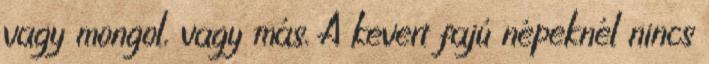
vagy mongol, vagy más. A kevert fajú népeknél nincs